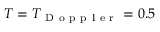
T = T _ { \mathrm { ~ D ~ o ~ p ~ p ~ l ~ e ~ r ~ } } = 0 . 5